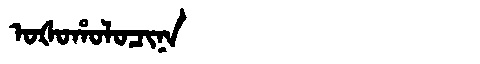
Manchu: ᠣᡧᠣᡥᠣᠯᠣᠴᡳᠨᠠ
Romanization: OŠOHOLOCINA